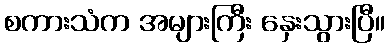
စကားသံက အများကြီး နှေးသွားပြီ။